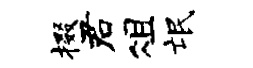
掇君俎氓